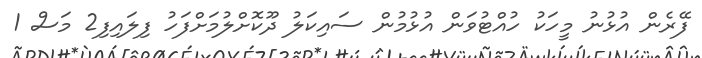
ފޭރެން އުޅުނު މީހަކު ހުއްޓުވަން އުޅުމުން ސައިކަލު ދޫކޮށްލުމަށްފަހު ފިލައިފި2 މަސް 1